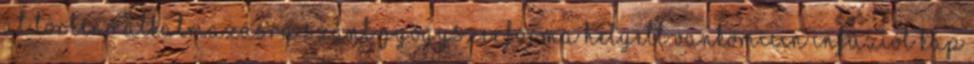
át történő alkalmazásra szánt gyógyszerforma helyett vankomicin infúziót kap